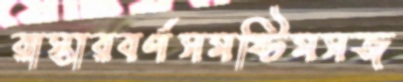
রাস্তারবর্ণসমষ্টিমসজ